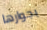
بجوارها